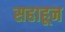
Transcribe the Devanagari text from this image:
सहाहून